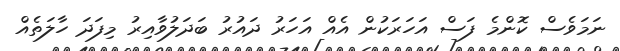
ނަމަވެސް ކޮންމެ ފަސް އަހަރަކުން އެއް އަހަރު ދައުރު ބަދަލުވާއިރު މިފަދަ ހާލަތެއް